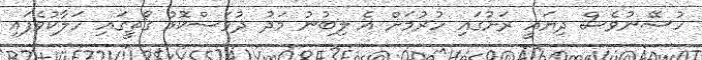
ހުސޭނުވެސް ދިޔައީ ރަށުގައި ހުރުމަށް އެ ލިބުނު މަދު ދުވަސްކޮޅު ގޯތީގައި ހަލާކުވެފައި